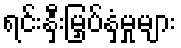
ရင်းနှီးမြှပ်နှံမှုများ